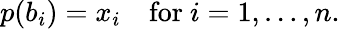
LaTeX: p(b_{i})=x_{i}\quad{\mathrm{for~}}i=1,\ldots,n.